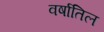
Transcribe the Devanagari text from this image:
वर्षातिल